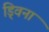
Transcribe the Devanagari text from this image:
ड्विना